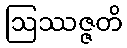
ဩဿဇ္ဇတိ